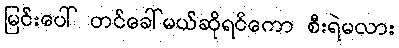
မြင်းပေါ် တင်ခေါ်မယ်ဆိုရင်ကော စီးရဲမလား